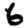
Digit: 6